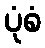
ပုံစံ